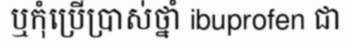
ឬកុំប្រើប្រាស់ថ្នាំ ibuprofen ជា